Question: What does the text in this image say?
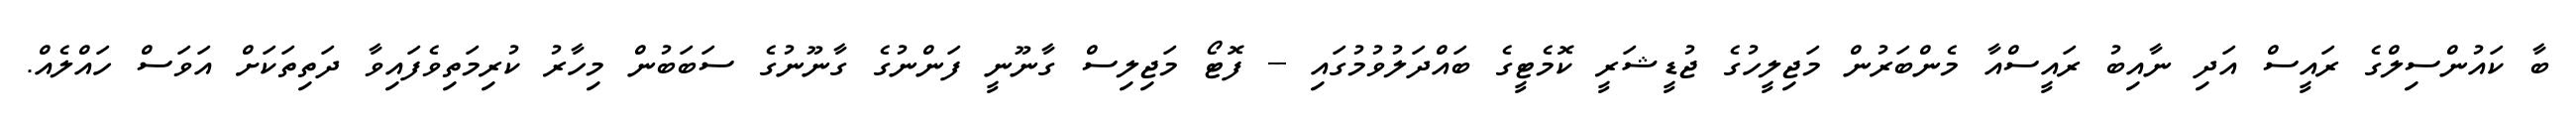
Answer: ބާ ކައުންސިލްގެ ރައީސް އަދި ނާއިބު ރައީސްއާ މެންބަރުން މަޖިލީހުގެ ޖުޑީޝަރީ ކޮމެޓީގެ ބައްދަލުވުމުގައި -- ފޮޓޯ މަޖިލިސް ގާނޫނީ ފަންނުގެ ގާނޫނުގެ ސަބަބުން މިހާރު ކުރިމަތިވެފައިވާ ދަތިތަކަށް އަވަސް ހައްލެއް.